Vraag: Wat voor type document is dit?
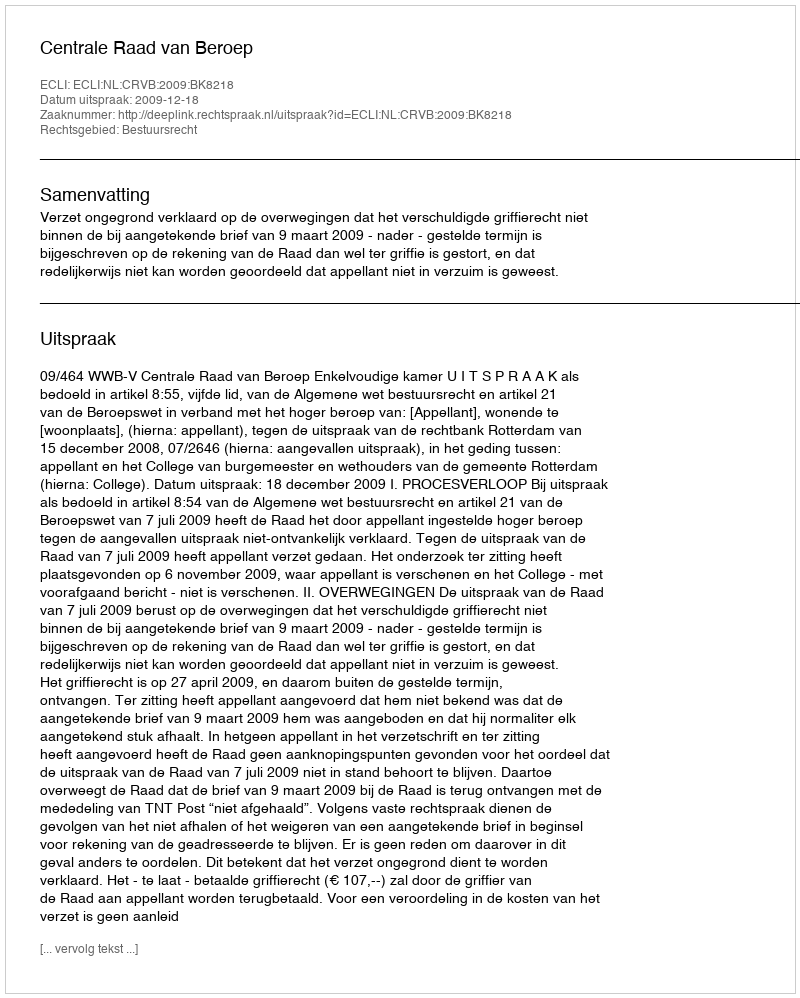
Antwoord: Uitspraak